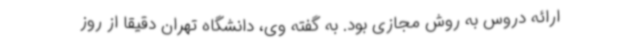
ارائه دروس به روش مجازی بود. به گفته وی، دانشگاه تهران دقیقا از روز